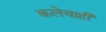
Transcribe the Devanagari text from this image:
कलेचाही